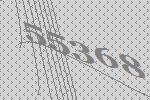
55368